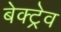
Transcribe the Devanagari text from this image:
बेक्ट्रेव